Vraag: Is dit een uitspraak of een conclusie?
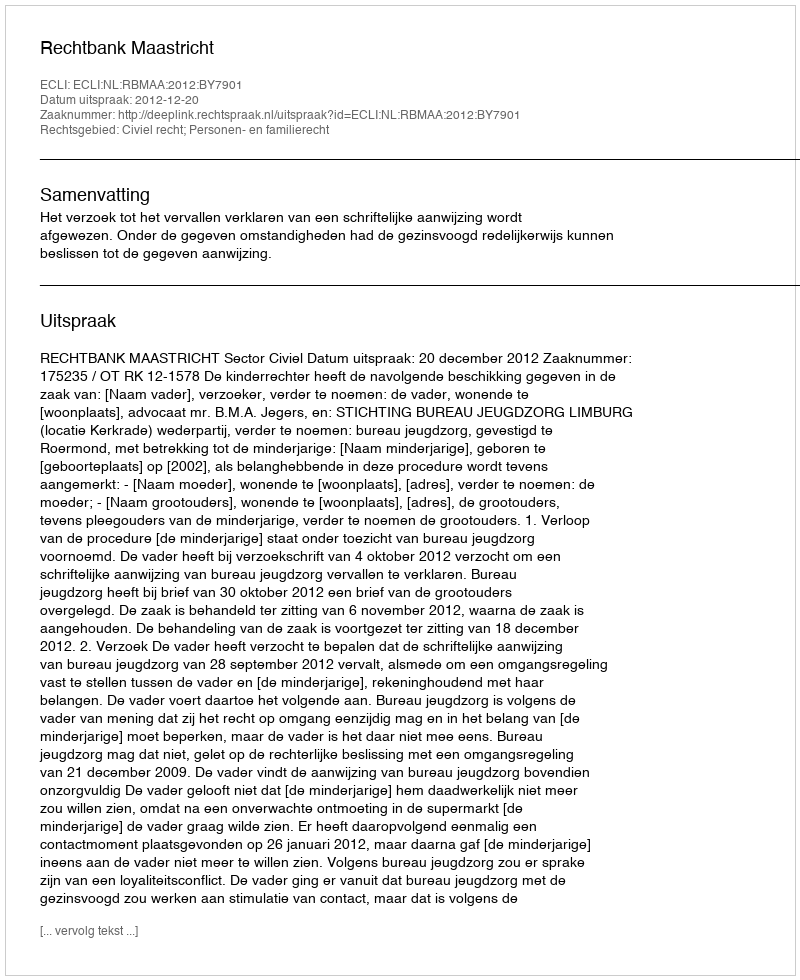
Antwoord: Uitspraak